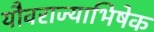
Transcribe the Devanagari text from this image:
यौवराज्याभिषेक